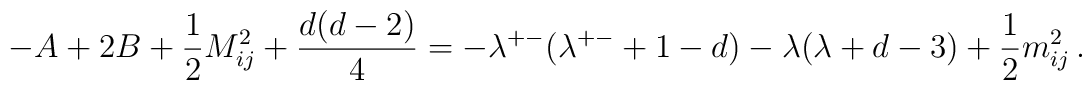
-A+2B+\frac{1}{2}M_{ij}^2+\frac{d(d-2)}{4}=-\lambda^{+-}(\lambda^{+-}+1-d)-\lambda(\lambda+d-3)+\frac{1}{2}m_{ij}^2\,.